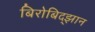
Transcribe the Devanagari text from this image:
बिरोबिद्झान